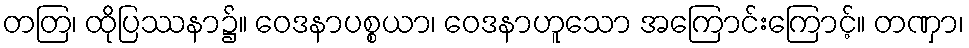
တတြ၊ ထိုပြဿနာ၌။ ဝေဒနာပစ္စယာ၊ ဝေဒနာဟူသော အကြောင်းကြောင့်။ တဏှာ၊